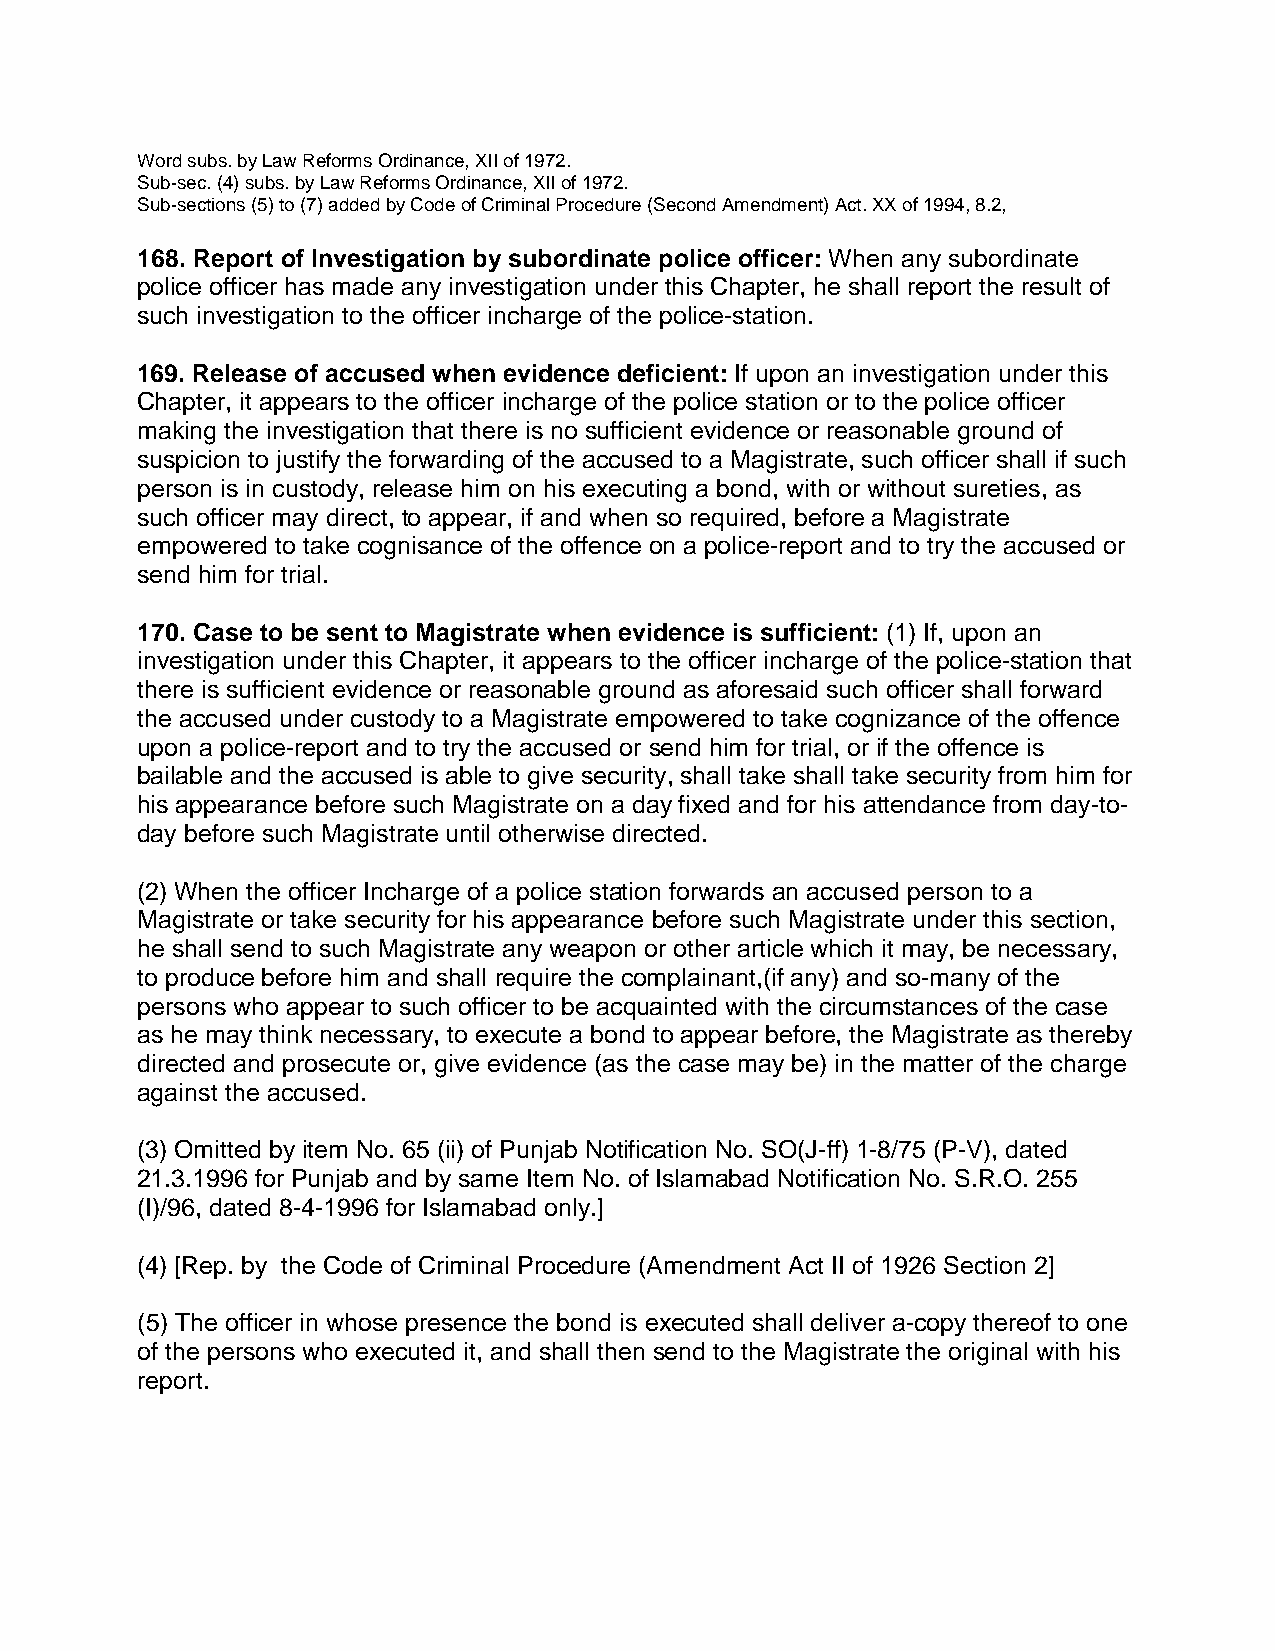
Word subs. by Law Reforms Ordinance, XII of 1972.
 Sub-sec. (4) subs. by Law Reforms Ordinance, XII of 1972.
 Sub-sections (5) to (7) added by Code of Criminal Procedure (Second Amendment) Act. XX of 1994, 8.2,
 168. Report of Investigation by subordinate police officer: When any subordinate
 police officer has made any investigation under this Chapter, he shall report the result of
 such investigation to the officer incharge of the police-station.
 169. Release of accused when evidence deficient: If upon an investigation under this
 Chapter, it appears to the officer incharge of the police station or to the police officer
 making the investigation that there is no sufficient evidence or reasonable ground of
 suspicion to justify the forwarding of the accused to a Magistrate, such officer shall if such
 person is in custody, release him on his executing a bond, with or without sureties, as
 such officer may direct, to appear, if and when so required, before a Magistrate
 empowered to take cognisance of the offence on a police-report and to try the accused or
 send him for trial.
 170. Case to be sent to Magistrate when evidence is sufficient: (1) If, upon an
 investigation under this Chapter, it appears to the officer incharge of the police-station that
 there is sufficient evidence or reasonable ground as aforesaid such officer shall forward
 the accused under custody to a Magistrate empowered to take cognizance of the offence
 upon a police-report and to try the accused or send him for trial, or if the offence is
 bailable and the accused is able to give security, shall take shall take security from him for
 his appearance before such Magistrate on a day fixed and for his attendance from day-to-
 day before such Magistrate until otherwise directed.
 (2) When the officer Incharge of a police station forwards an accused person to a
 Magistrate or take security for his appearance before such Magistrate under this section,
 he shall send to such Magistrate any weapon or other article which it may, be necessary,
 to produce before him and shall require the complainant,(if any) and so-many of the
 persons who appear to such officer to be acquainted with the circumstances of the case
 as he may think necessary, to execute a bond to appear before, the Magistrate as thereby
 directed and prosecute or, give evidence (as the case may be) in the matter of the charge
 against the accused.
 (3) Omitted by item No. 65 (ii) of Punjab Notification No. SO(J-ff) 1-8/75 (P-V), dated
 21.3.1996 for Punjab and by same Item No. of Islamabad Notification No. S.R.O. 255
 (I)/96, dated 8-4-1996 for Islamabad only.]
 (4) [Rep. by the Code of Criminal Procedure (Amendment Act II of 1926 Section 2]
 (5) The officer in whose presence the bond is executed shall deliver a-copy thereof to one
 of the persons who executed it, and shall then send to the Magistrate the original with his
 report.